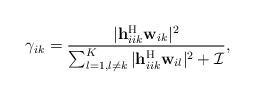
LaTeX: \begin{align*}\gamma_{ik} = \frac{ \vert \mathbf{h}_{iik}^{\mathrm{H}} \mathbf{w}_{ik} \vert^2 }{\sum_{l=1,l \neq k}^K \vert \mathbf{h}_{iik}^{\mathrm{H}} \mathbf{w}_{il} \vert^2 + \mathcal{I} },\end{align*}